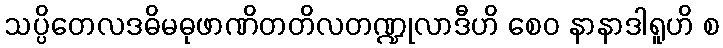
သပ္ပိတေလဒဓိမဓုဖာဏိတတိလတဏ္ဍုလာဒီဟိ စေဝ နာနာဒါရူဟိ စ